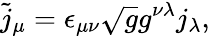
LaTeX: \tilde{j}_{\mu}=\epsilon_{\mu\nu}\sqrt{g}g^{\nu\lambda}j_{\lambda},